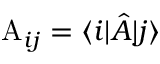
\mathrm { A } _ { i j } = \langle i | \hat { A } | j \rangle